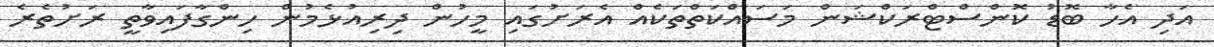
އަދި އެހާ ބޮޑު ކޮންސްޓްރަކްޝަން މަސައްކަތްތަކެއް އެރަށުގައި މީހުން ދިރިއުޅެމުން ހިންގާފައިވާތީ ރަށުތެރެ